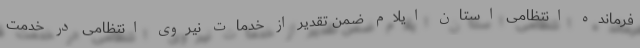
فرمانده انتظامی استان ایلام ضمن تقدیر از خدمات نیروی انتظامی در خدمت